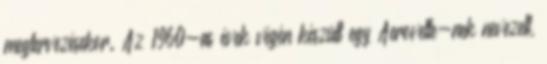
megtervezésekor. Az 1960-as évek végén készült egy Aerovette-nek nevezett,